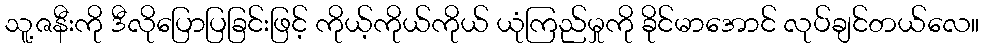
သူ့ဇနီးကို ဒီလိုပြောပြခြင်းဖြင့် ကိုယ့်ကိုယ်ကိုယ် ယုံကြည်မှုကို ခိုင်မာအောင် လုပ်ချင်တယ်လေ။